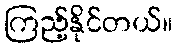
ကြည့်နိုင်တယ်။